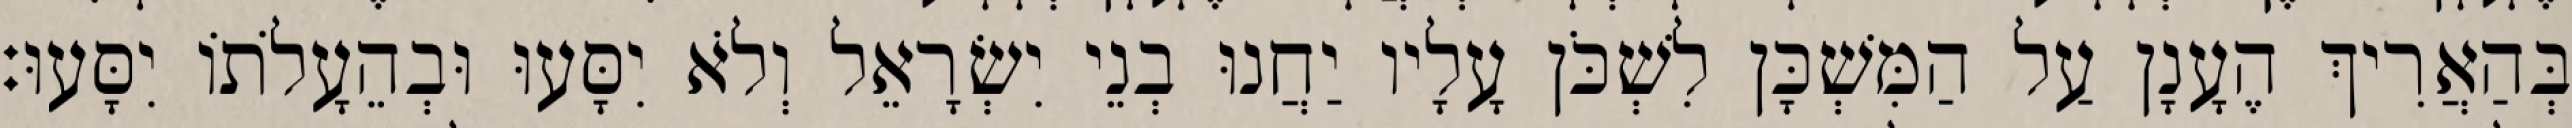
בְּהַאֲרִיךְ הֶעָנָן עַל הַמִּשְׁכָּן לִשְׁכֹּן עָלָיו יַחֲנוּ בְנֵי יִשְׂרָאֵל וְלֹא יִסָּעוּ וּבְהֵעָלֹתוֹ יִסָּעוּ׃